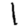
Digit: 1